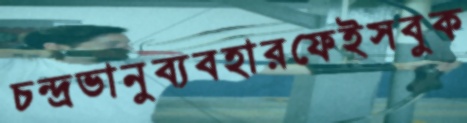
চন্দ্রভানুব্যবহারফেইসবুক